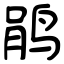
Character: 鹃